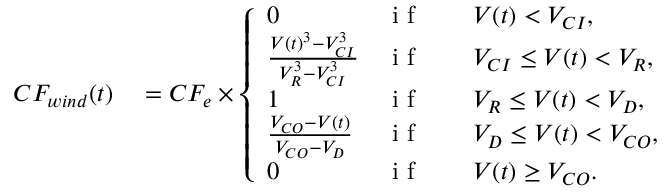
\begin{array} { r l } { C F _ { w i n d } ( t ) } & { { } = C F _ { e } \times \left\{ \begin{array} { l l } { 0 } & { \mathrm { ~ i ~ f ~ } \qquad V ( t ) < V _ { C I } , } \\ { \frac { V ( t ) ^ { 3 } - V _ { C I } ^ { 3 } } { V _ { R } ^ { 3 } - V _ { C I } ^ { 3 } } } & { \mathrm { ~ i ~ f ~ } \qquad V _ { C I } \leq V ( t ) < V _ { R } , } \\ { 1 } & { \mathrm { ~ i ~ f ~ } \qquad V _ { R } \leq V ( t ) < V _ { D } , } \\ { \frac { V _ { C O } - V ( t ) } { V _ { C O } - V _ { D } } } & { \mathrm { ~ i ~ f ~ } \qquad V _ { D } \leq V ( t ) < V _ { C O } , } \\ { 0 } & { \mathrm { ~ i ~ f ~ } \qquad V ( t ) \geq V _ { C O } . } \end{array} \right. } \end{array}